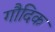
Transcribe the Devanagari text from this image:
गौदिक